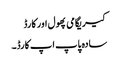
کیریگامی پھول اور کارڈ
سادہ پاپ اپ کارڈ۔